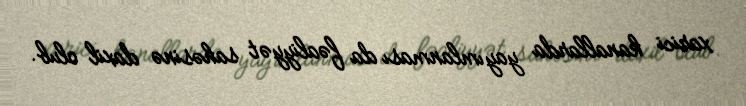
xarici kanallarda yayımlanması da fəaliyyət sahəsinə daxil olub.